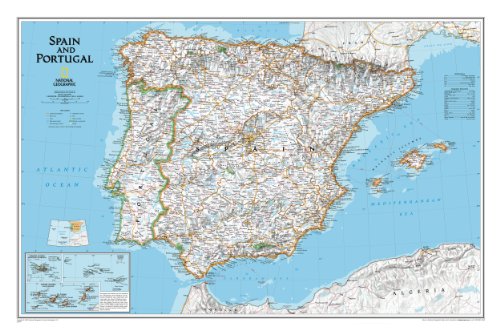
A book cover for Spain and Portugal Classic [Tubed] (National Geographic Reference Map); National Geographic Maps - Reference; Travel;